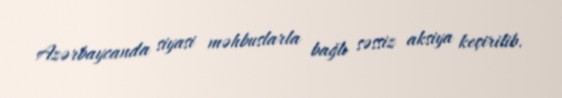
Azərbaycanda siyasi məhbuslarla bağlı səssiz aksiya keçirilib.